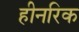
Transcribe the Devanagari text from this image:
हीनरिक